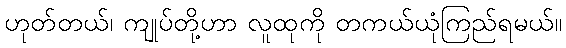
ဟုတ်တယ်၊ ကျုပ်တို့ဟာ လူထုကို တကယ်ယုံကြည်ရမယ်။